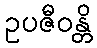
ဥပဇီဝန္တိ